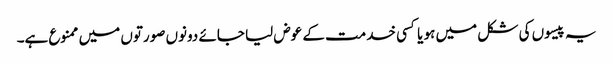
یہ پیسوں کی شکل میں ہو یا کسی خدمت کے عوض لیا جائے دونوں صورتوں میں ممنوع ہے۔